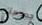
جمجمتي